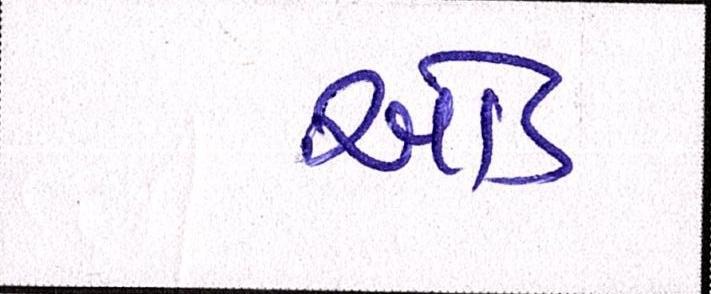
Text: ઓડ